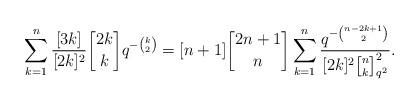
LaTeX: \begin{align*}\sum_{k=1}^{n}\frac{[3k]}{[2k]^2}{2k\brack k}q^{-{k\choose 2}}=[n+1]{2n+1\brack n}\sum_{k=1}^{n}\frac{q^{-{n-2k+1\choose 2}}}{[2k]^2{n\brack k}_{q^2}^2}. \end{align*}